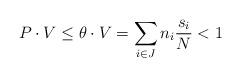
LaTeX: \begin{align*}P \cdot V \le \theta \cdot V = \sum_{i\in J} n_i \frac{s_i}{N} < 1\end{align*}